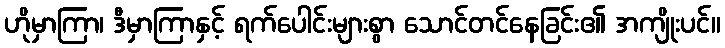
ဟိုမှာကြာ၊ ဒီမှာကြာနှင့် ရက်ပေါင်းများစွာ သောင်တင်နေခြင်း၏ အကျိုးပင်။